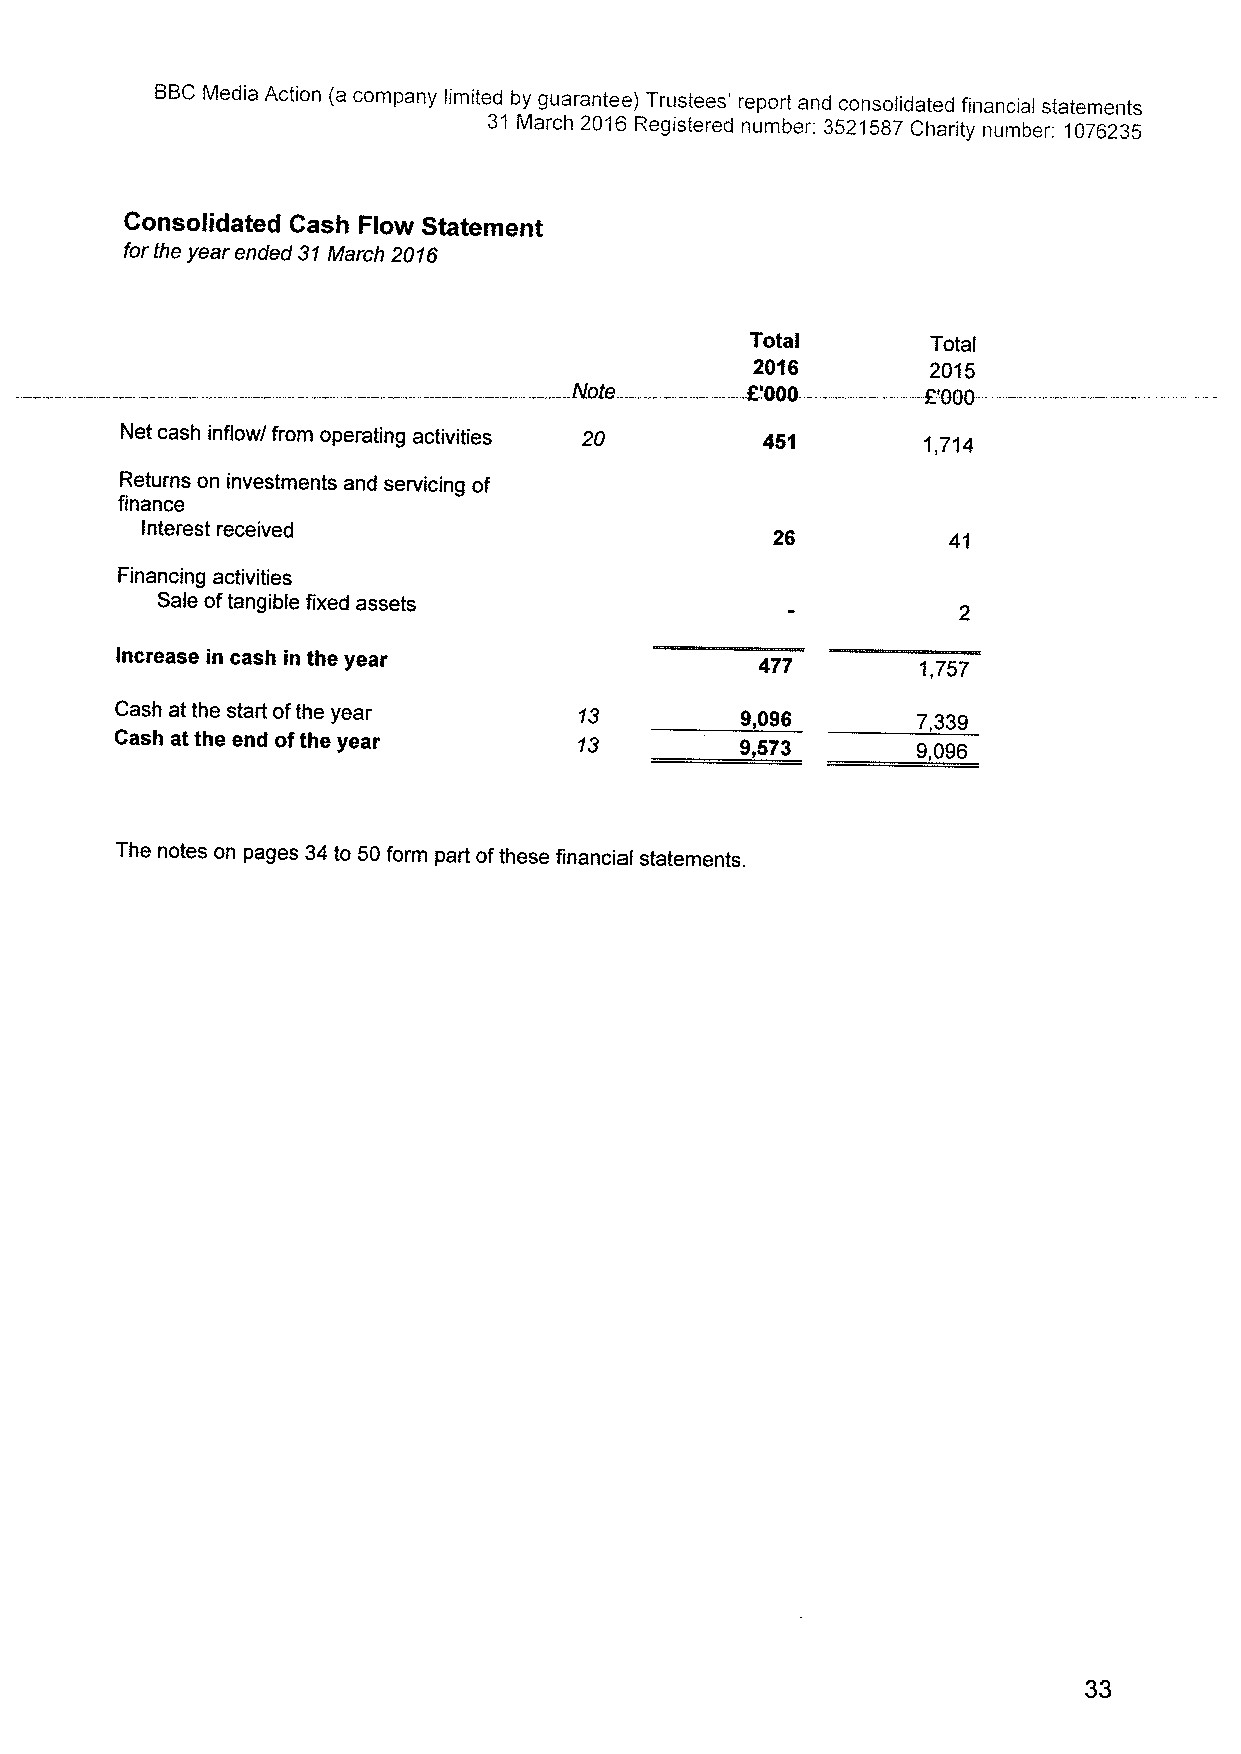
BBCMedia Action (a company limited by guarantee) Trustees' report and consolidated financial statements
 31 March 2016 Registered number: 3521587Charity number: 1076235
 Consolidated Cash Flow Statement
 forthe year ended 31March 2016
 Total       Total
 2016     —2015
 ote       OOOO   —   — F='000-
 Net cash inflow/ from operating activities 20 451    1,714
 Returns on investments and servicing of
 finance
 Interest received
 26          41
 Financing activities
 Sale oftangible fixed assets
 Increase in cash in the year              477        1,?57
 Cash at the start ofthe year  13         9,096       7,339
 Cash at the end ofthe year    13         9,573       9,096
 The notes on pages 34to 50form part ofthese financial statements.
 33